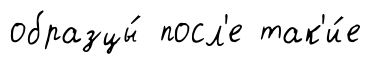
образцы́ посл'е так'и́е